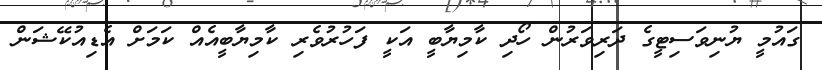
ގައުމީ ޔުނިވަސިޓީގެ ދަރިވަރުން ހޯދި ކާމިޔާބީ އަކީ ފަހުރުވެރި ކާމިޔާބީއެއް ކަމަށް އެޑިއުކޭޝަން